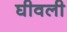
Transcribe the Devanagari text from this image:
घीवली